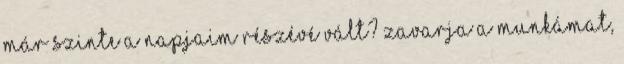
Már szinte a napjaim részévé vált? Zavarja a munkámat,